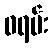
ဝရမ်း